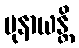
ပုနာယန္တိ